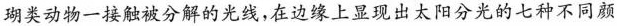
瑚类动物一接触被分解的光线，在边缘上显现出太阳分光的七种不同颜